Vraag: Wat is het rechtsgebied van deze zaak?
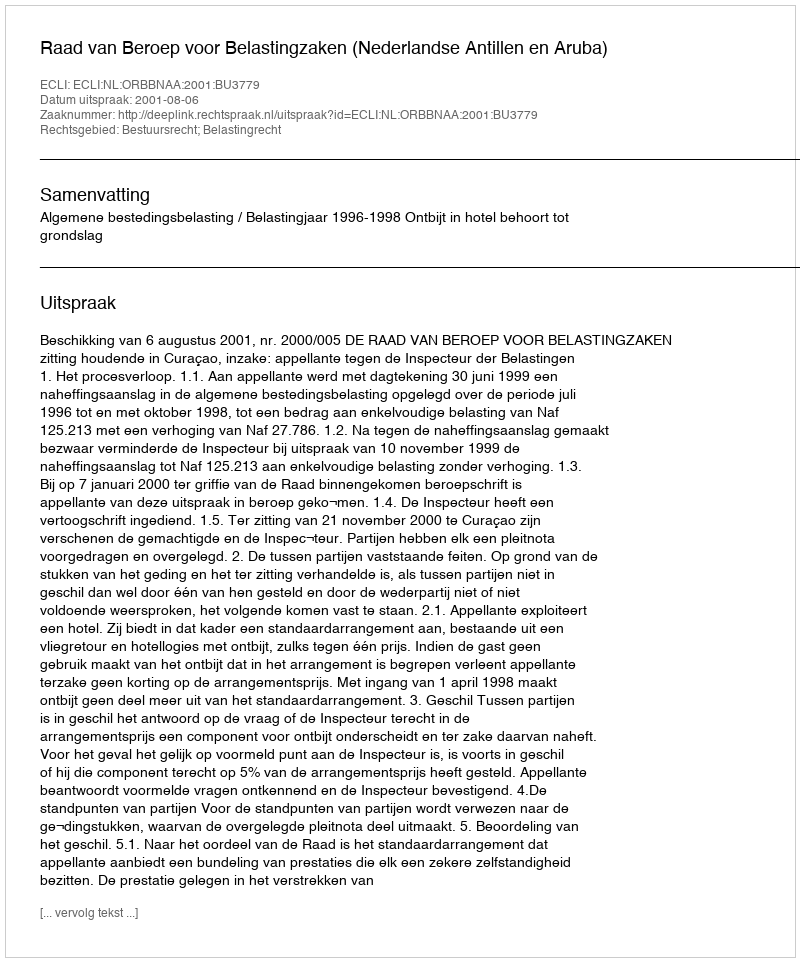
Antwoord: Bestuursrecht; Belastingrecht